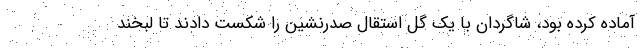
آماده کرده بود، شاگردان با یک گل استقال صدرنشین را شکست دادند تا لبخند